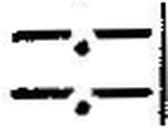
—.—